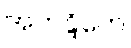
အတန္ဒိတေ